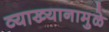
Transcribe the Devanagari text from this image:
व्याख्यानामुळे